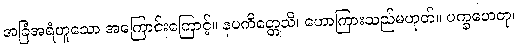
အခြံအရံဟူသော အကြောင်းကြောင့်။ နပကိတ္တေသိ၊ ဟောကြားသည်မဟုတ်။ ပက္ခဟေတု၊